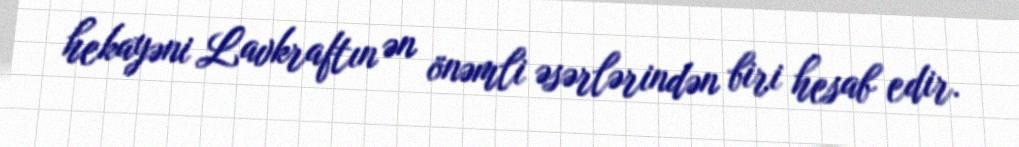
hekayəni Lavkraftın ən önəmli əsərlərindən biri hesab edir.